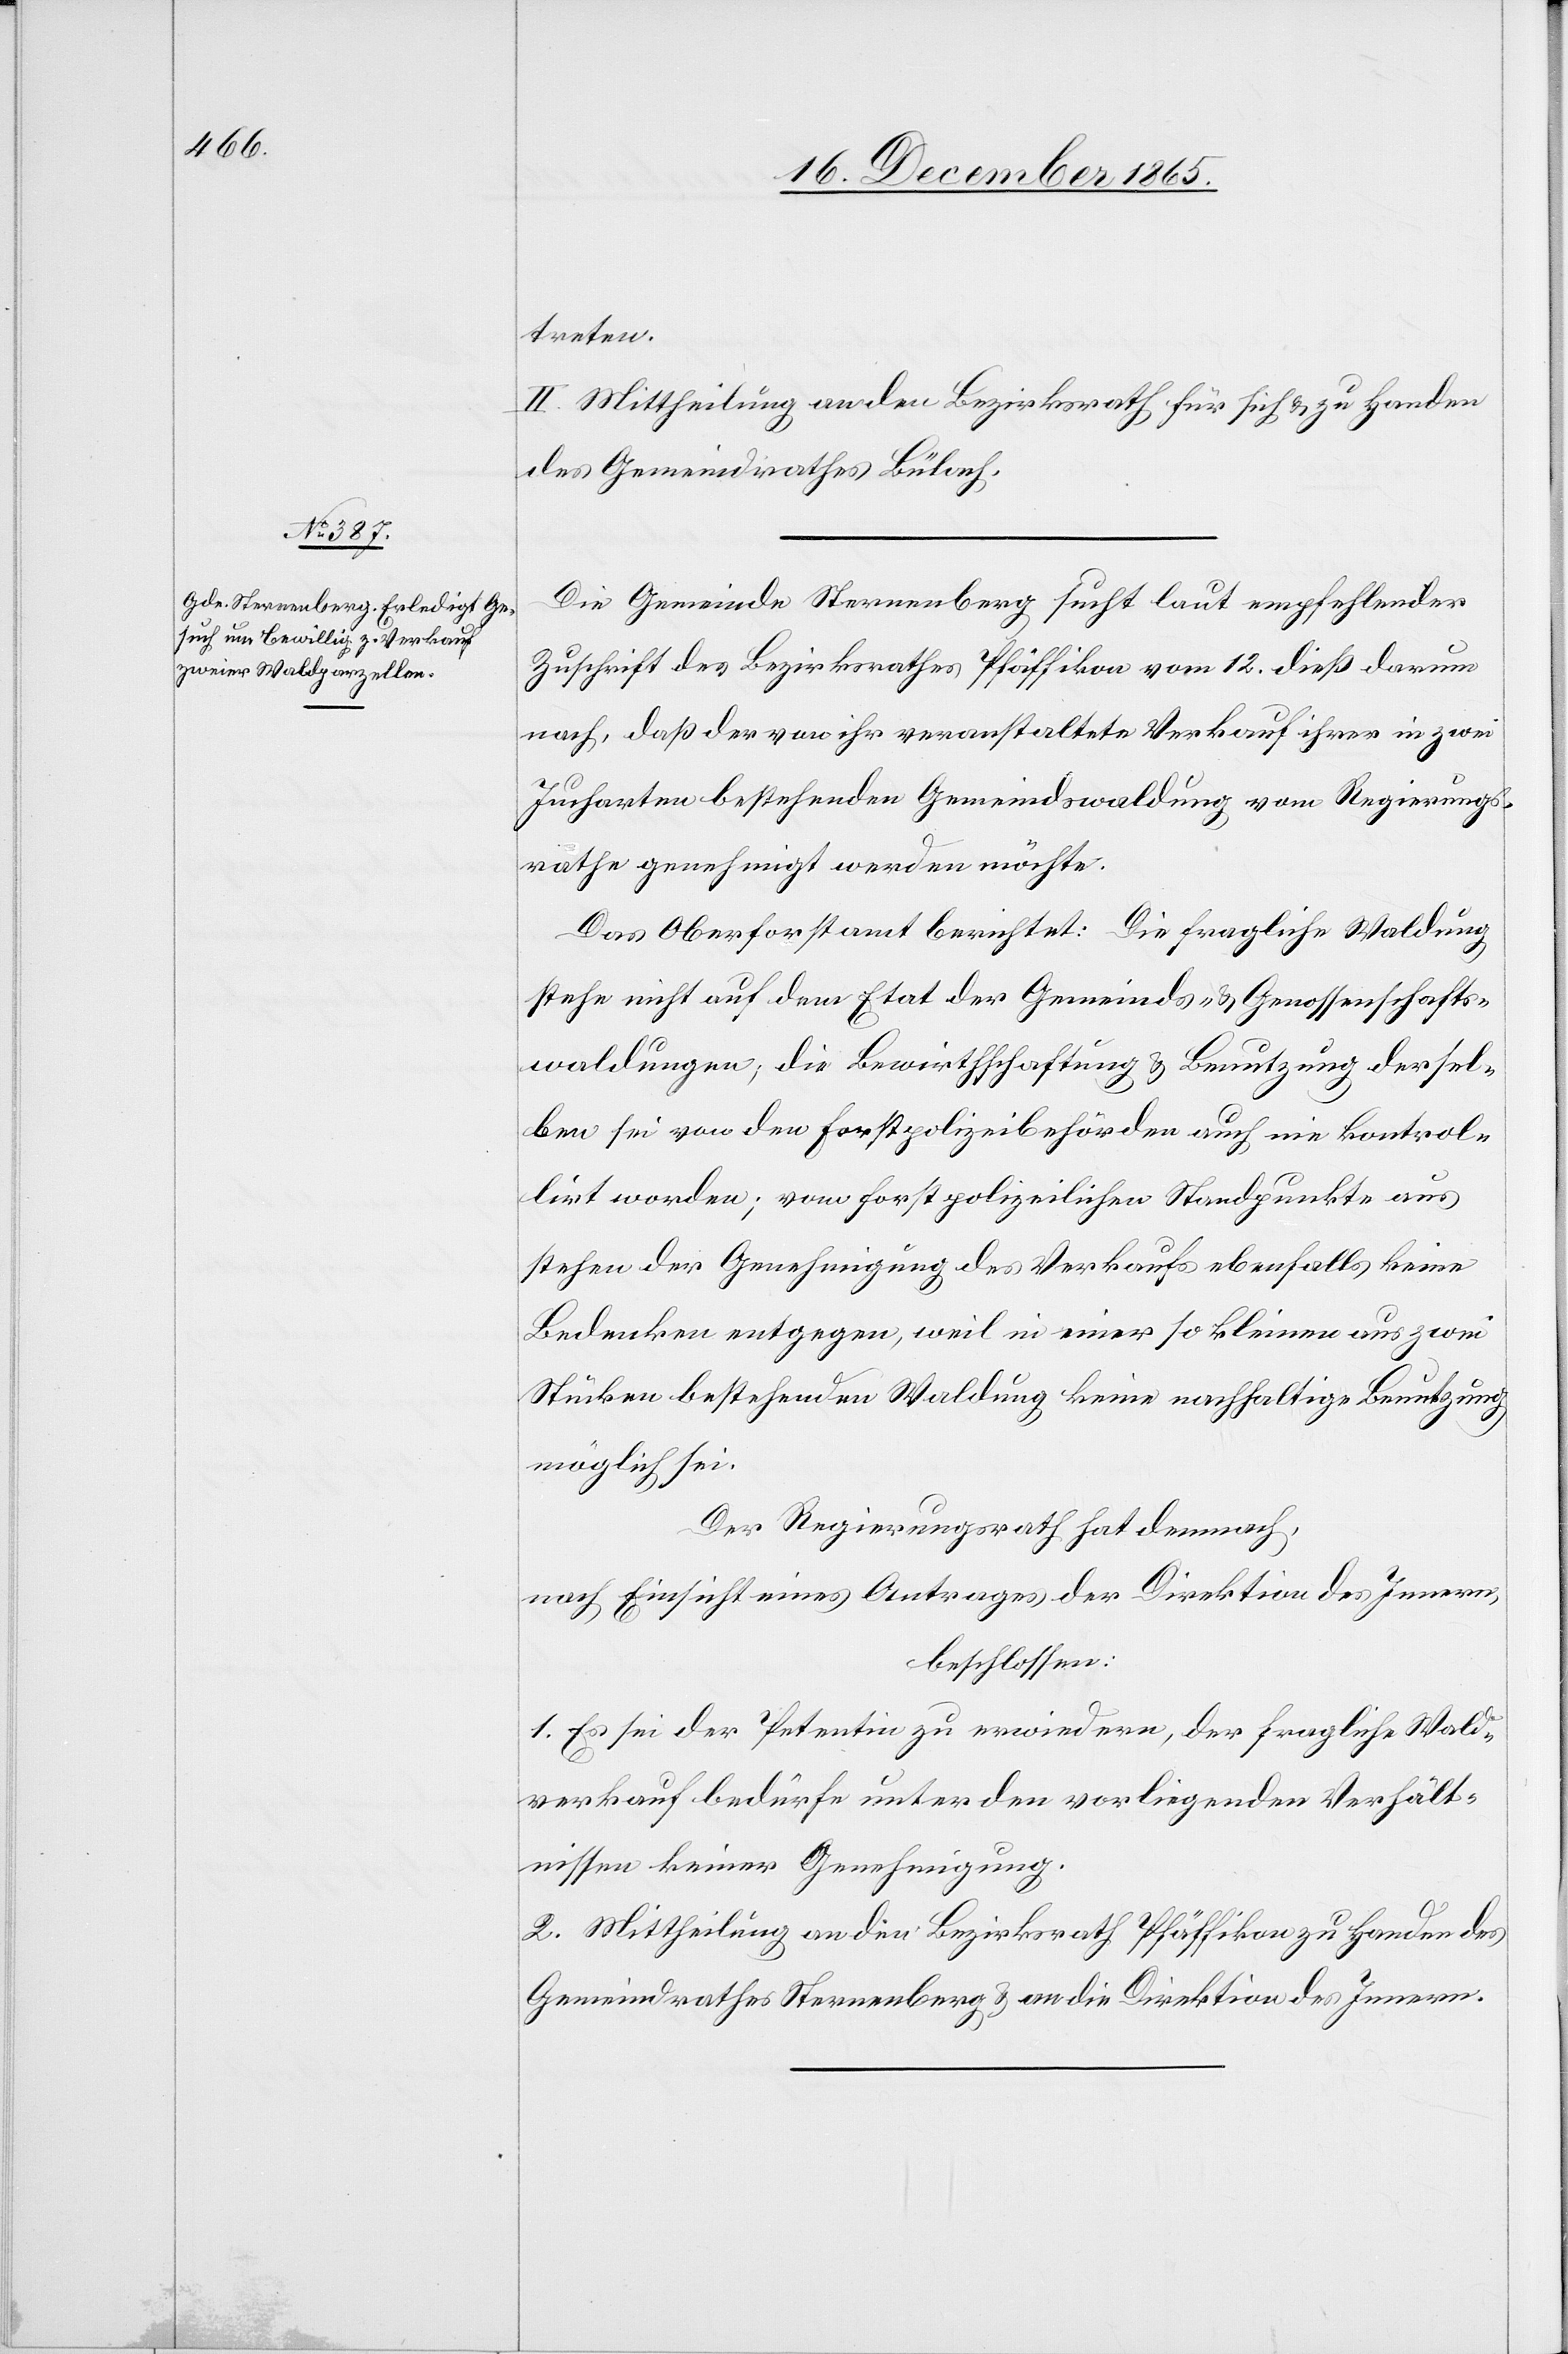
treten.
II. Mittheilung an den Bezirksrath für sich & zu Handen
des Gemeindrathes Bülach.
Die Gemeinde Sternenberg sucht laut empfehlender
Zuschrift des Bezirksrathes Pfäffikon vom 12. dieß darum
nach, daß der von ihr veranstaltete Verkauf ihrer in zwei
Jucharten bestehenden Gemeindswaldung vom Regierungs¬
rathe genehmigt werden möchte.
Das Oberforstamt berichtet: Die fragliche Waldung
stehe nicht auf dem Etat der Gemeinds- & Genossenschafts¬
waldungen; die Bewirthschaftung & Benutzung dersel¬
ben sei von den Forstpolizeibehörden auch nie kontrol¬
lirt worden; vom forstpolizeilichen Standpunkte aus
stehen der Genehmigung des Verkaufs ebenfalls keine
Bedenken entgegen, weil in einer so kleinen aus zwei
Stücken bestehenden Waldung keine nachhaltige Benutzung
möglich sei.
Der Regierungsrath hat demnach,
nach Einsicht eines Antrages der Direktion des Innern,
beschlossen:
1. Es sei der Petentin zu erwiedern, der fragliche Wald¬
verkauf bedürfe unter den vorliegenden Verhält¬
nissen keiner Genehmigung.
2. Mittheilung an den Bezirksrath Pfäffikon zu Handen des
Gemeindrathes Sternenberg & an die Direktion des Innern.